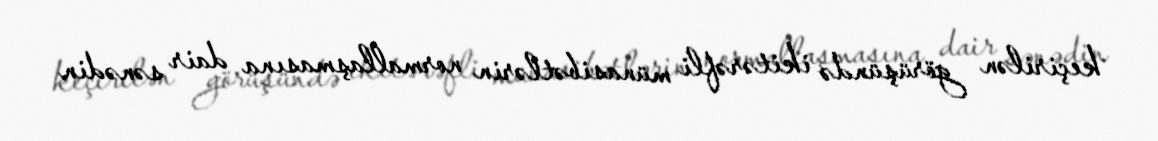
keçirilən görüşündə ikitərəfli münasibətlərin normallaşmasına dair sənədin